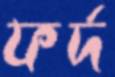
ফর্দ